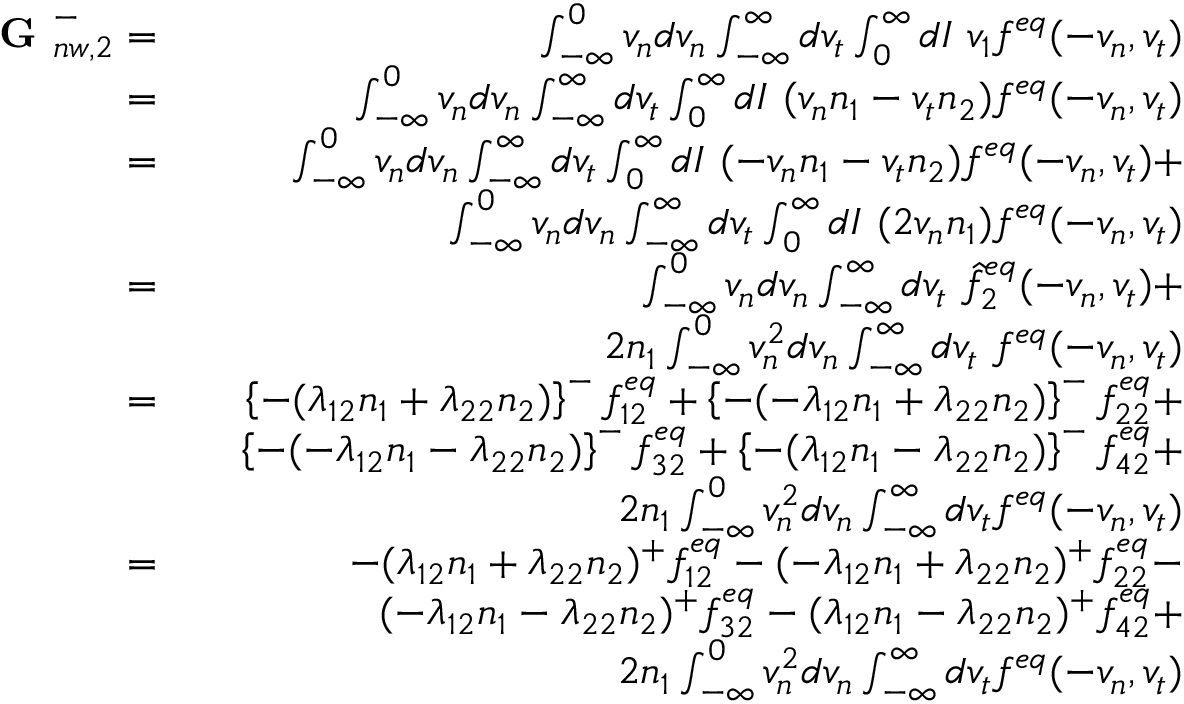
\begin{array} { r l r } { \textbf { G } _ { n w , 2 } ^ { - } = } & { } & { \int _ { - \infty } ^ { 0 } v _ { n } d v _ { n } \int _ { - \infty } ^ { \infty } d v _ { t } \int _ { 0 } ^ { \infty } d I \ v _ { 1 } f ^ { e q } ( - v _ { n } , v _ { t } ) } \\ { = } & { } & { \int _ { - \infty } ^ { 0 } v _ { n } d v _ { n } \int _ { - \infty } ^ { \infty } d v _ { t } \int _ { 0 } ^ { \infty } d I \ ( v _ { n } n _ { 1 } - v _ { t } n _ { 2 } ) f ^ { e q } ( - v _ { n } , v _ { t } ) } \\ { = } & { } & { \int _ { - \infty } ^ { 0 } v _ { n } d v _ { n } \int _ { - \infty } ^ { \infty } d v _ { t } \int _ { 0 } ^ { \infty } d I \ ( - v _ { n } n _ { 1 } - v _ { t } n _ { 2 } ) f ^ { e q } ( - v _ { n } , v _ { t } ) + } \\ & { } & { \int _ { - \infty } ^ { 0 } v _ { n } d v _ { n } \int _ { - \infty } ^ { \infty } d v _ { t } \int _ { 0 } ^ { \infty } d I \ ( 2 v _ { n } n _ { 1 } ) f ^ { e q } ( - v _ { n } , v _ { t } ) } \\ { = } & { } & { \int _ { - \infty } ^ { 0 } v _ { n } d v _ { n } \int _ { - \infty } ^ { \infty } d v _ { t } \ \hat { f } _ { 2 } ^ { e q } ( - v _ { n } , v _ { t } ) + } \\ & { } & { 2 n _ { 1 } \int _ { - \infty } ^ { 0 } v _ { n } ^ { 2 } d v _ { n } \int _ { - \infty } ^ { \infty } d v _ { t } \ f ^ { e q } ( - v _ { n } , v _ { t } ) } \\ { = } & { } & { \left\{ - ( \lambda _ { 1 2 } n _ { 1 } + \lambda _ { 2 2 } n _ { 2 } ) \right\} ^ { - } f _ { 1 2 } ^ { e q } + \left\{ - ( - \lambda _ { 1 2 } n _ { 1 } + \lambda _ { 2 2 } n _ { 2 } ) \right\} ^ { - } f _ { 2 2 } ^ { e q } + } \\ & { } & { \left\{ - ( - \lambda _ { 1 2 } n _ { 1 } - \lambda _ { 2 2 } n _ { 2 } ) \right\} ^ { - } f _ { 3 2 } ^ { e q } + \left\{ - ( \lambda _ { 1 2 } n _ { 1 } - \lambda _ { 2 2 } n _ { 2 } ) \right\} ^ { - } f _ { 4 2 } ^ { e q } + } \\ & { } & { 2 n _ { 1 } \int _ { - \infty } ^ { 0 } v _ { n } ^ { 2 } d v _ { n } \int _ { - \infty } ^ { \infty } d v _ { t } f ^ { e q } ( - v _ { n } , v _ { t } ) } \\ { = } & { } & { - ( \lambda _ { 1 2 } n _ { 1 } + \lambda _ { 2 2 } n _ { 2 } ) ^ { + } f _ { 1 2 } ^ { e q } - ( - \lambda _ { 1 2 } n _ { 1 } + \lambda _ { 2 2 } n _ { 2 } ) ^ { + } f _ { 2 2 } ^ { e q } - } \\ & { } & { ( - \lambda _ { 1 2 } n _ { 1 } - \lambda _ { 2 2 } n _ { 2 } ) ^ { + } f _ { 3 2 } ^ { e q } - ( \lambda _ { 1 2 } n _ { 1 } - \lambda _ { 2 2 } n _ { 2 } ) ^ { + } f _ { 4 2 } ^ { e q } + } \\ & { } & { 2 n _ { 1 } \int _ { - \infty } ^ { 0 } v _ { n } ^ { 2 } d v _ { n } \int _ { - \infty } ^ { \infty } d v _ { t } f ^ { e q } ( - v _ { n } , v _ { t } ) } \end{array}